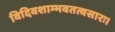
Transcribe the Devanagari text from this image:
विदिवशाम्भवतत्वसारः।